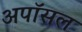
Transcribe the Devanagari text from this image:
अपॉसल